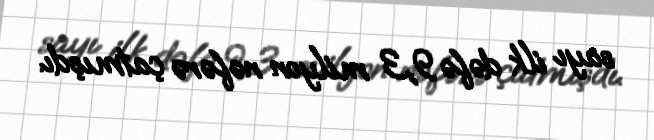
sayı ilk dəfə 9,3 milyon nəfərə çatmışdı.